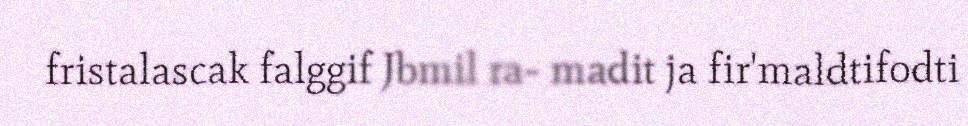
fristalascak falggif Jbmil ra- madit ja fir'maldtifodti